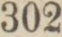
302